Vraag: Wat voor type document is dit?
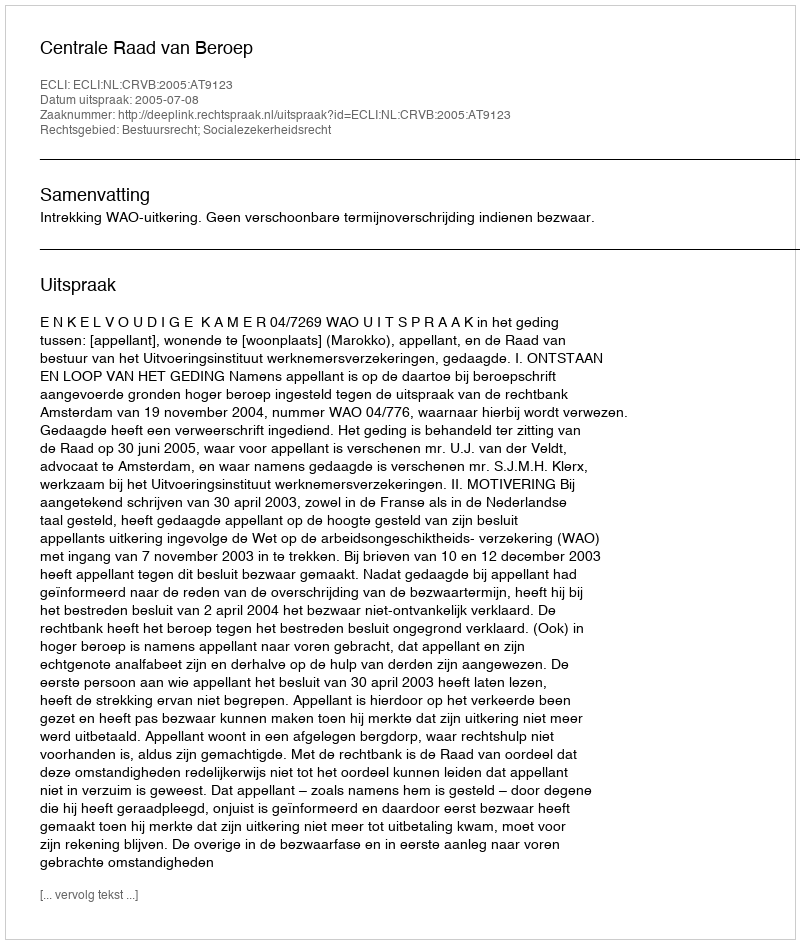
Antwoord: Uitspraak